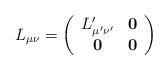
\begin{align*}L_{\mu \nu }=\left(\begin{array}{cc}L_{\mu' \nu' }^{\prime } & \mathbf{0} \\ \mathbf{0} & \mathbf{0}\end{array}\right)\end{align*}